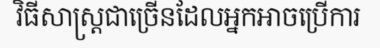
វិធីសាស្ត្រជាច្រើនដែលអ្នកអាចប្រើការ